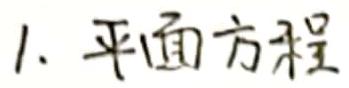
1. 平面方程